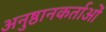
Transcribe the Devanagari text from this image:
अनुष्ठानकर्ताओं